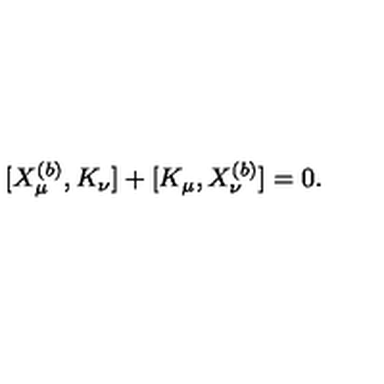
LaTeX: [ X _ { \mu } ^ { ( b ) } , K _ { \nu } ] + [ K _ { \mu } , X _ { \nu } ^ { ( b ) } ] = 0 .